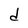
Character: d